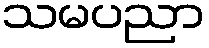
သမပညာ